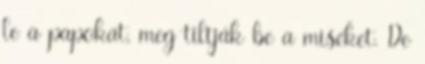
le a papokat, meg tiltják be a miséket. De